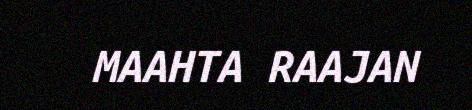
MAAHTA RAAJAN